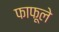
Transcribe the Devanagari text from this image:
फाफूले